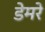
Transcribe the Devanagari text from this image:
डेमरे